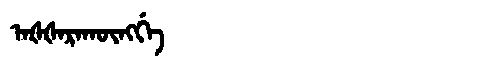
Manchu: ᠠᡧᡧᠠᡵᠠᡴᡡᠩᡤᡝ
Romanization: AŠŠARAKŪNGGE